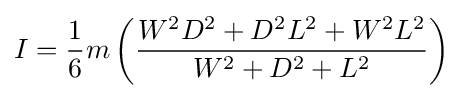
I={\frac {1}{6}}m\left({\frac {W^{2}D^{2}+D^{2}L^{2}+W^{2}L^{2}}{W^{2}+D^{2}+L^{2}}}\right)